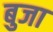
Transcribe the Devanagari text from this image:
बुजा